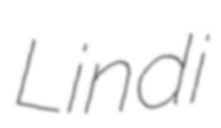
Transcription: Lindi